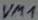
Text: VM1